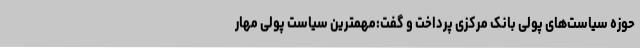
حوزه سیاست‌های پولی بانک مرکزی پرداخت و گفت:مهمترین سیاست پولی مهار